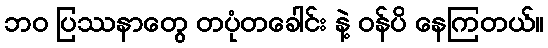
ဘဝ ပြဿနာတွေ တပုံတခေါင်း နဲ့ ဝန်ပိ နေကြတယ်။